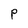
Character: P